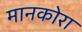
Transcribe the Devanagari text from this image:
मानकोरा